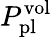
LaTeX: P_{\mathrm{pl}}^{\mathrm{vol}}